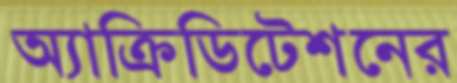
অ্যাক্রিডিটেশনের